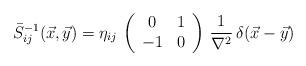
LaTeX: \begin{align*}\bar S_{ij}^{-1}(\vec x,\vec y)=\eta_{ij}\,\left(\begin{array}{cc}0&1\\-1&0\end{array}\right)\,\frac{1}{\nabla^2}\,\delta(\vec x-\vec y)\end{align*}